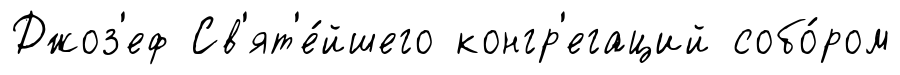
Джоз'еф Св'ят'е́йшего конгр'егаций собо́ром